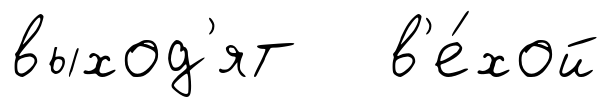
выход'ят в'е́хой